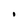
Character: i